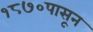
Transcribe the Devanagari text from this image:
१८७०पासून